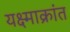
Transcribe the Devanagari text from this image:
यक्ष्माक्रांत